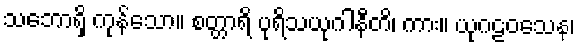
သဘောရှိ ကုန်သော။ စတ္တာရိ ပုရိသယုဂါနီတိ၊ ကား။ ယုဂဠဝသေန၊